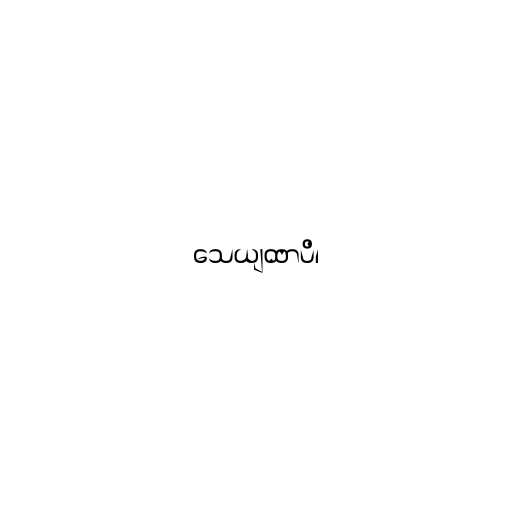
သေယျထာပိ၊